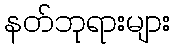
နတ်ဘုရားများ